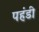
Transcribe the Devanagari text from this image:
पहंडी